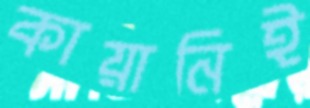
কায়ানিই